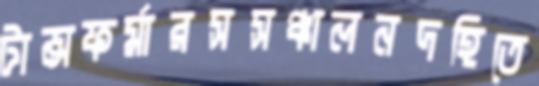
টান্সফর্মারসসঞ্চালনদহিতে